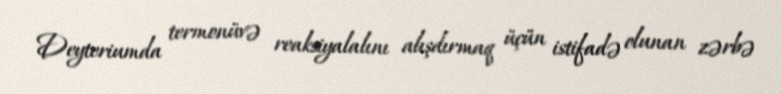
Deyteriumda termonüvə reaksiyalalını alışdırmaq üçün istifadə olunan zərbə